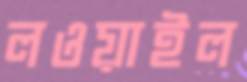
লওয়াইল